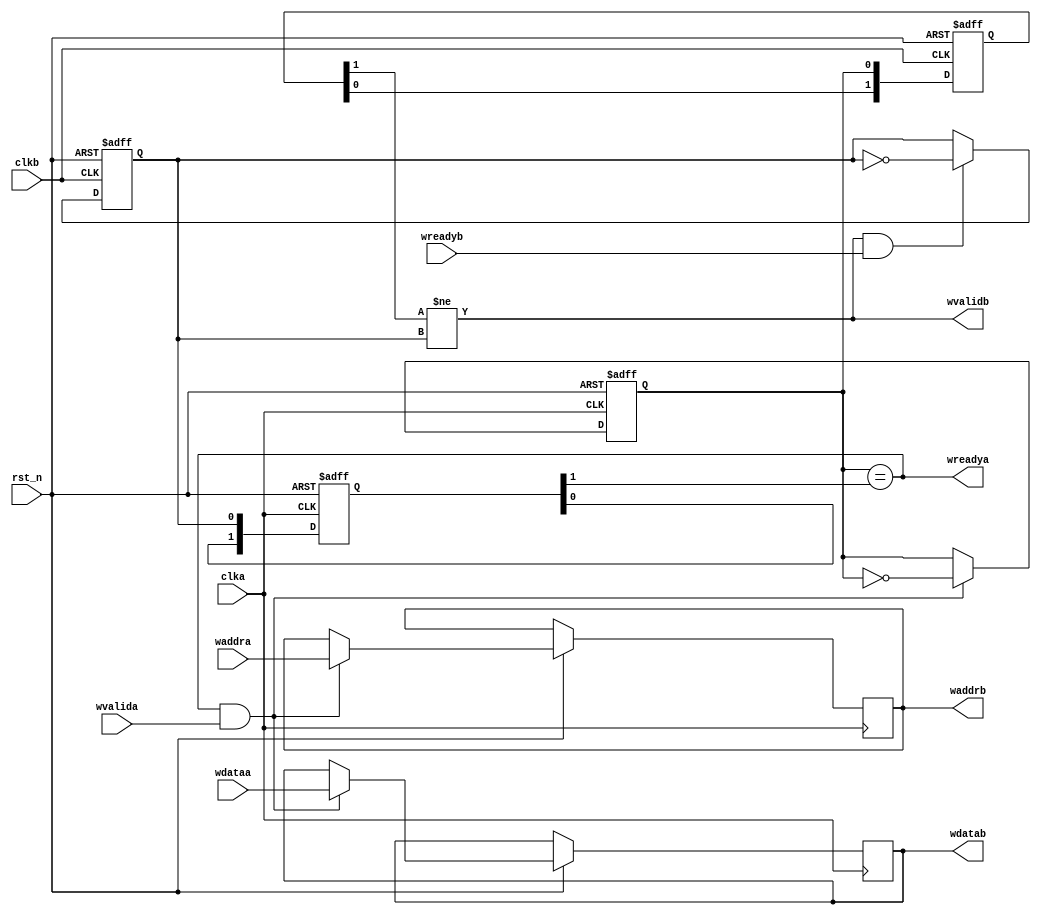
module axi_async_w #(
    parameter aw = 4,
    parameter w = 32
    )(
    input rst_n,

    input clka,
    input wvalida,
    output wreadya,
    input[aw-1:0] waddra,
    input[w-1:0] wdataa,

    input clkb,
    output wvalidb,
    input wreadyb,
    output reg[aw-1:0] waddrb,
    output reg[w-1:0] wdatab
    );

reg[2:0] avalid;
reg[2:0] aready;

always @(posedge clka or negedge rst_n) begin
    if (!rst_n) begin
        aready[2:1] <= 2'b00;
        avalid[0] <= 1'b0;
    end else begin
        aready[2:1] <= aready[1:0];
        
        if (wreadya && wvalida) begin
            avalid[0] <= !avalid[0];
            waddrb <= waddra;
            wdatab <= wdataa;
        end
    end
end

always @(posedge clkb or negedge rst_n) begin
    if (!rst_n) begin
        avalid[2:1] <= 2'b00;
        aready[0] <= 1'b0;
    end else begin
        avalid[2:1] <= avalid[1:0];
        
        if (wvalidb && wreadyb) begin
            aready[0] <= !aready[0];
        end
    end
end

assign wreadya = (avalid[0] == aready[2]);
assign wvalidb = (avalid[2] != aready[0]);

endmodule